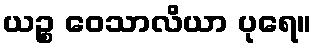
ယဉ္စ ဝေသာလိယာ ပုရေ။